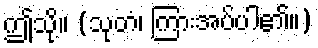
ဤသို့။ (သုတံ၊ ကြားအပ်ပါ၏။)